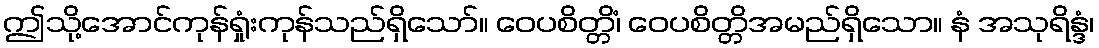
ဤသို့အောင်ကုန်ရှုံးကုန်သည်ရှိသော်။ ဝေပစိတ္တိံ၊ ဝေပစိတ္တိအမည်ရှိသော။ နံ အသုရိန္ဒံ၊